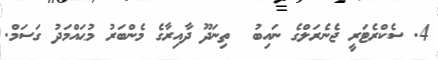
4. ސެކްރެޓަރީ ޖެނެރަލްގެ ނައިބު  ތިނަދޫ ދާއިރާގެ މެންބަރު މުޙައްމަދު ގަސަމް.